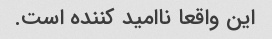
این واقعا ناامید کننده است.